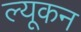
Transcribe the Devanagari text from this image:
ल्यूकन